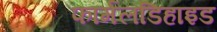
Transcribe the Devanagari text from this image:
फार्मलडिहाइड